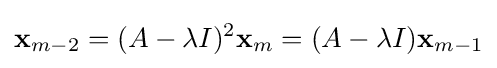
\mathbf {x} _{m-2}=(A-\lambda I)^{2}\mathbf {x} _{m}=(A-\lambda I)\mathbf {x} _{m-1}